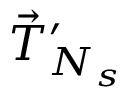
\vec { T } _ { N _ { s } } ^ { \prime }